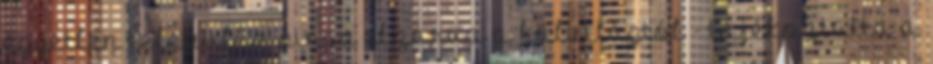
egyetlen település sincs elzárva a külvilágtól - tájékoztatta a